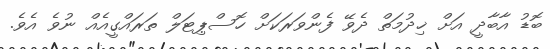
ބޮޑު އާބާދީ އަށް ޚިދުމަތް ދެވޭ ފެންވަރަކަށް ހޮސްޕިޓަލް ތަރައްގީއެއް ނުވެ އެވެ.